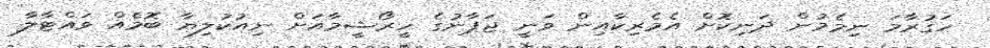
ހަގުރާމަ ނިމެމުން ދަނިކޮށް އެމެރިކާއިން ވަނީ ޖަޕާނުގެ ހީރޯޝީމާއަށް ނިއުކުލިޔާ ބޮމެއް ވައްޓާލާ